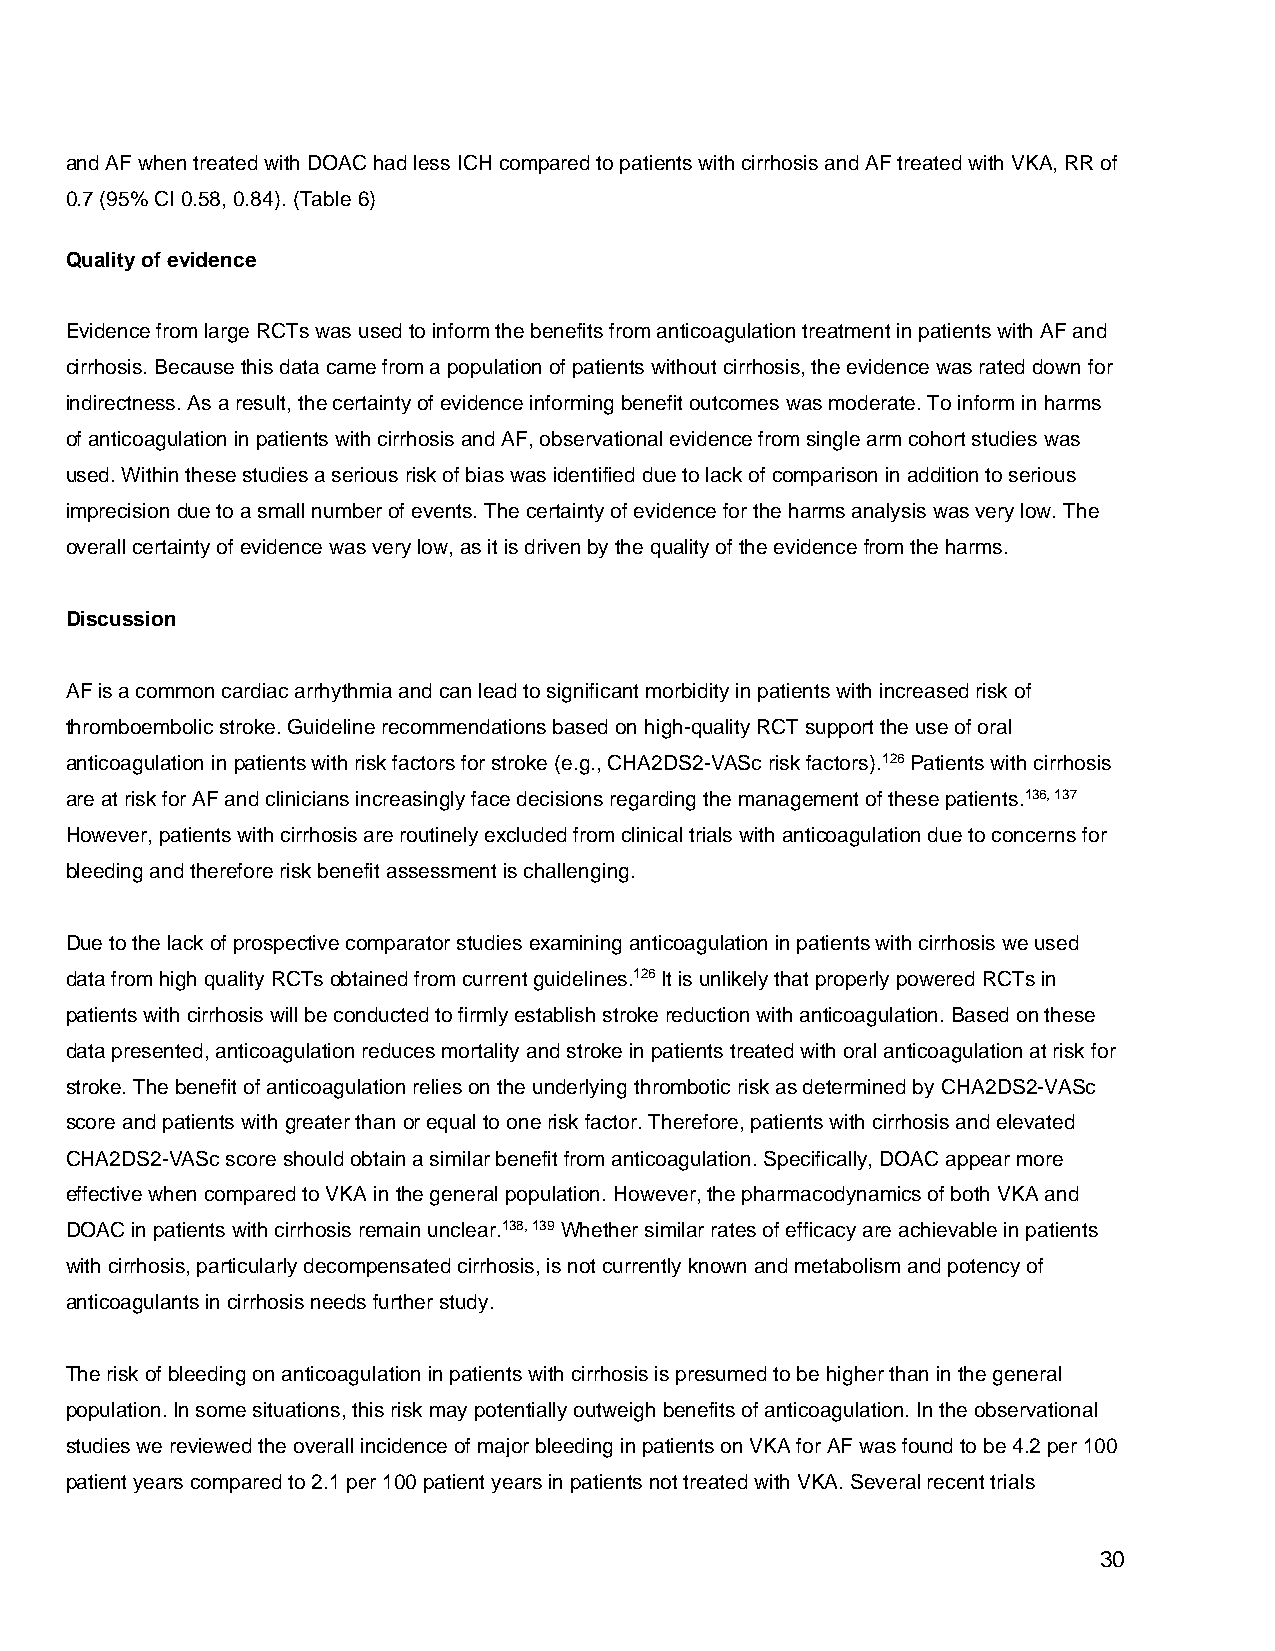
and AF when treated with DOAC had less ICH compared to patients with cirrhosis and AF treated with VKA, RR of
 0.7 (95% CI 0.58, 0.84). (Table 6)
 Quality of evidence
 Evidence from large RCTs was used to inform the benefits from anticoagulation treatment in patients with AF and
 cirrhosis. Because this data came from a population of patients without cirrhosis, the evidence was rated down for
 indirectness. As a result, the certainty of evidence informing benefit outcomes was moderate. To inform in harms
 of anticoagulation in patients with cirrhosis and AF, observational evidence from single arm cohort studies was
 used. Within these studies a serious risk of bias was identified due to lack of comparison in addition to serious
 imprecision due to a small number of events. The certainty of evidence for the harms analysis was very low. The
 overall certainty of evidence was very low, as it is driven by the quality of the evidence from the harms.
 Discussion
 AF is a common cardiac arrhythmia and can lead to significant morbidity in patients with increased risk of
 thromboembolic stroke. Guideline recommendations based on high-quality RCT support the use of oral
 anticoagulation in patients with risk factors for stroke (e.g., CHA2DS2-VASc risk factors).126 Patients with cirrhosis
 are at risk for AF and clinicians increasingly face decisions regarding the management of these patients.136, 137
 However, patients with cirrhosis are routinely excluded from clinical trials with anticoagulation due to concerns for
 bleeding and therefore risk benefit assessment is challenging.
 Due to the lack of prospective comparator studies examining anticoagulation in patients with cirrhosis we used
 data from high quality RCTs obtained from current guidelines.126 It is unlikely that properly powered RCTs in
 patients with cirrhosis will be conducted to firmly establish stroke reduction with anticoagulation. Based on these
 data presented, anticoagulation reduces mortality and stroke in patients treated with oral anticoagulation at risk for
 stroke. The benefit of anticoagulation relies on the underlying thrombotic risk as determined by CHA2DS2-VASc
 score and patients with greater than or equal to one risk factor. Therefore, patients with cirrhosis and elevated
 CHA2DS2-VASc score should obtain a similar benefit from anticoagulation. Specifically, DOAC appear more
 effective when compared to VKA in the general population. However, the pharmacodynamics of both VKA and
 DOAC in patients with cirrhosis remain unclear.138, 139 Whether similar rates of efficacy are achievable in patients
 with cirrhosis, particularly decompensated cirrhosis, is not currently known and metabolism and potency of
 anticoagulants in cirrhosis needs further study.
 The risk of bleeding on anticoagulation in patients with cirrhosis is presumed to be higher than in the general
 population. In some situations, this risk may potentially outweigh benefits of anticoagulation. In the observational
 studies we reviewed the overall incidence of major bleeding in patients on VKA for AF was found to be 4.2 per 100
 patient years compared to 2.1 per 100 patient years in patients not treated with VKA. Several recent trials
 30